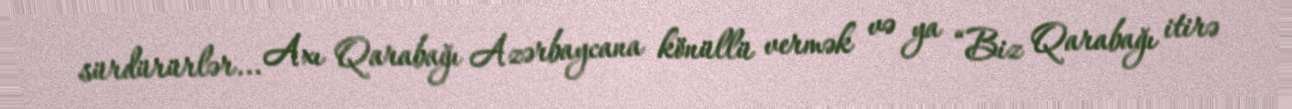
sürdürürlər... Axı Qarabağı Azərbaycana könüllü vermək və ya “Biz Qarabağı itirə